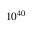
1 0 ^ { 4 0 }